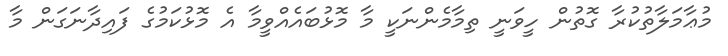
މުޢާމަލާތުކުރާ ގޮތުން ހީވަނީ ތިމާމެންނަކީ މާ މޮޅުބައެއްވީމާ އެ މޮޅުކަމުގެ ފައިދާނަގަން މާ